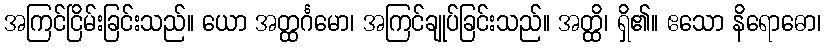
အကြင်ငြိမ်းခြင်းသည်။ ယော အတ္ထင်္ဂမော၊ အကြင်ချုပ်ခြင်းသည်။ အတ္ထိ၊ ရှိ၏။ ဧသော နိရောဓော၊